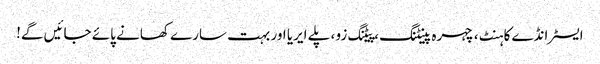
ایسٹر انڈے کا ہنٹ ، چہرہ پینٹنگ ، پیٹنگ زو ، پلے ایریا اور بہت سارے کھانے پائے جائیں گے!